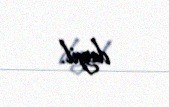
deyil.